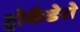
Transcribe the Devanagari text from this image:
ट्रोकैडेरो